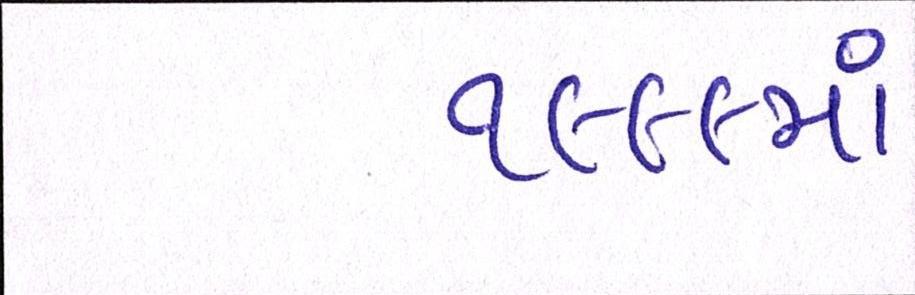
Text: ૧૯૯૯માં